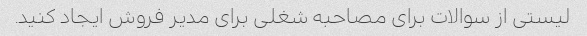
لیستی از سوالات برای مصاحبه شغلی برای مدیر فروش ایجاد کنید.